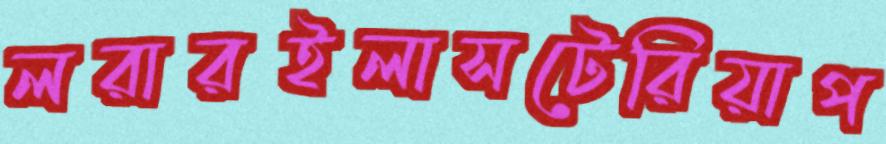
লরারইলাসটেরিয়াপ